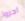
اجروا